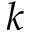
k